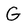
Character: G